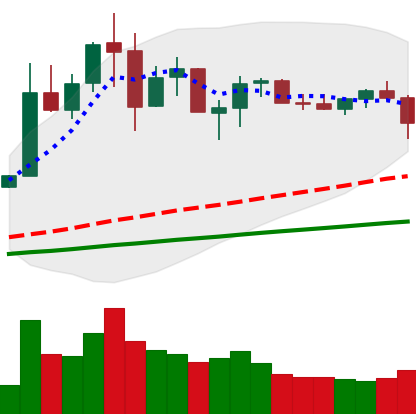
Ticker: NEO-USD
Chart end date: 2019-07-10
Forward return: -23.786%
Label: down_7plus